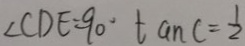
\angle C D E = 9 0 ^ { \circ } \tan C = \frac { 1 } { 2 }